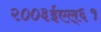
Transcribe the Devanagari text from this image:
२००३ईएल्‌६१